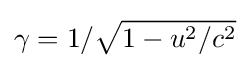
\gamma =1/{\sqrt {1-u^{2}/c^{2}}}